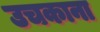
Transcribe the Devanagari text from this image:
उचकाना